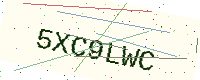
Text: 5XC9LWC